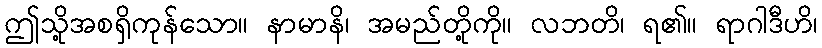
ဤသို့အစရှိကုန်သော။ နာမာနိ၊ အမည်တို့ကို။ လဘတိ၊ ရ၏။ ရာဂါဒီဟိ၊